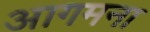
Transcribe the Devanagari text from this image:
आगमना